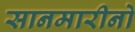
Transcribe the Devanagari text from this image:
सानमारीनो